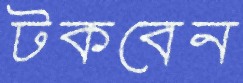
টকবেন